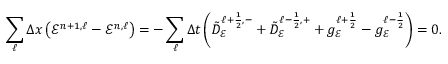
\sum _ { \ell } \Delta x \left( \mathcal { E } ^ { n + 1 , \ell } - \mathcal { E } ^ { n , \ell } \right) = - \sum _ { \ell } \Delta t \left( \tilde { D } _ { \mathcal { E } } ^ { \ell + \frac { 1 } { 2 } , - } + \tilde { D } _ { \mathcal { E } } ^ { \ell - \frac { 1 } { 2 } , + } + g _ { \mathcal { E } } ^ { \ell + \frac { 1 } { 2 } } - g _ { \mathcal { E } } ^ { \ell - \frac { 1 } { 2 } } \right) = 0 .